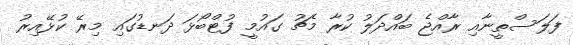
ފަލަސްތީނާއި ރާއްޖެ ބައްދަލު ކުރާ މެޗު ގައުމީ ފުޓްބޯޅަ ދަނޑުގައި މިރޭ ކުޅޭއިރު